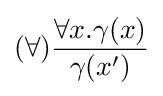
(\forall ){\frac {\forall x.\gamma (x)}{\gamma (x')}}